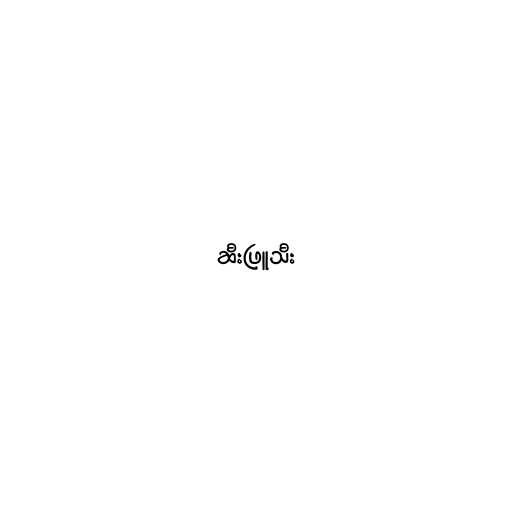
ဆီးဖြူသီး